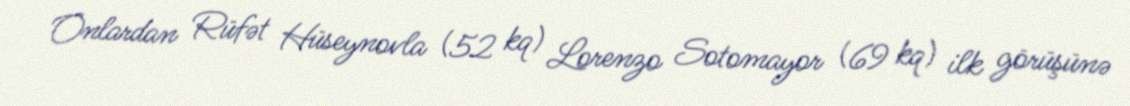
Onlardan Rüfət Hüseynovla (52 kq) Lorenzo Sotomayor (69 kq) ilk görüşünə